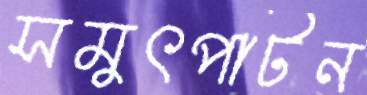
সমুৎপাটন